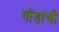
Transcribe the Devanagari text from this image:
गोंडांची